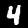
Digit: 4